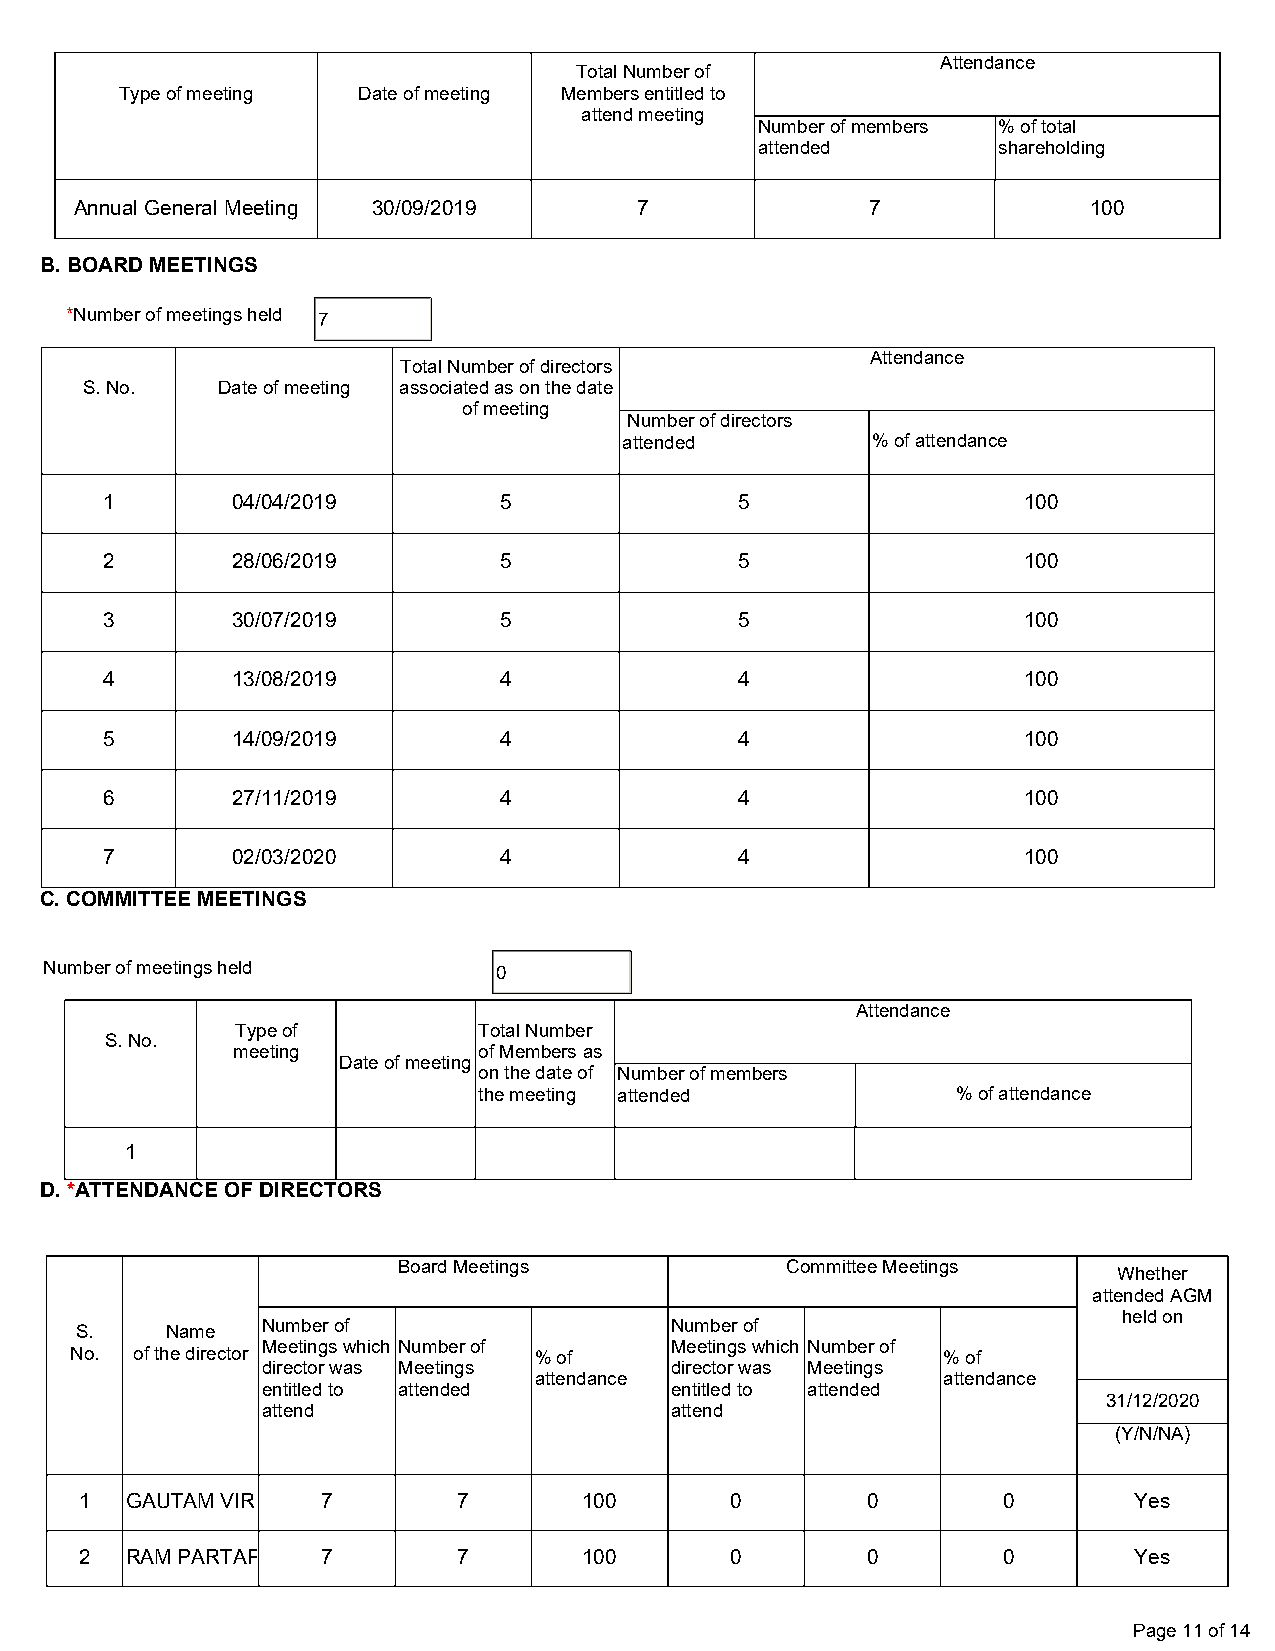
Attendance
 Total Number of
 Type of meeting Date of meeting Members entitled to
 attend meeting
 Number of members % of total
 attended        shareholding
 Annual General Meeting 30/09/2019    7               7             100
 B. BOARD MEETINGS
 *Number of meetings held 7
 Attendance
 Total Number of directors
 S. No.   Date of meeting associated as on the date
 of meeting
 Number of directors
 attended         % of attendance
 1       04/04/2019        5               5                  100
 2       28/06/2019        5               5                  100
 3       30/07/2019        5               5                  100
 4       13/08/2019        4               4                  100
 5       14/09/2019        4               4                  100
 6       27/11/2019        4               4                  100
 7       02/03/2020        4               4                  100
 C. COMMITTEE MEETINGS
 Number of meetings held       0
 Attendance
 Type of         Total Number
 S. No.
 meeting          of Members as
 Date of meeting
 on the date of Number of members
 the meeting attended           % of attendance
 1
 D. *ATTENDANCE OF DIRECTORS
 Board Meetings            Committee Meetings
 Whether
 attended AGM
 held on
 Number of                  Number of
 S.    Name
 Meetings which Number of   Meetings which Number of
 No. of the director           % of                       % of
 director was Meetings      director was Meetings
 attendance                 attendance
 entitled to attended       entitled to attended
 31/12/2020
 attend                     attend
 (Y/N/NA)
 1  GAUTAM VIR   7        7        100      0        0        0        Yes
 2  RAM PARTAP   7        7        100      0        0        0        Yes
 Page 11 of 14